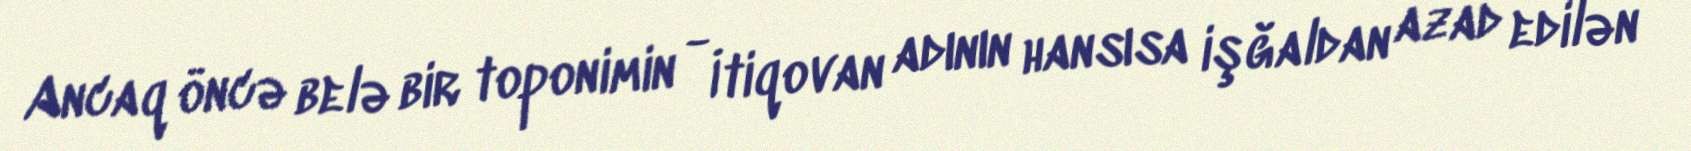
Ancaq öncə belə bir toponimin - İtiqovan adının hansısa işğaldan azad edilən